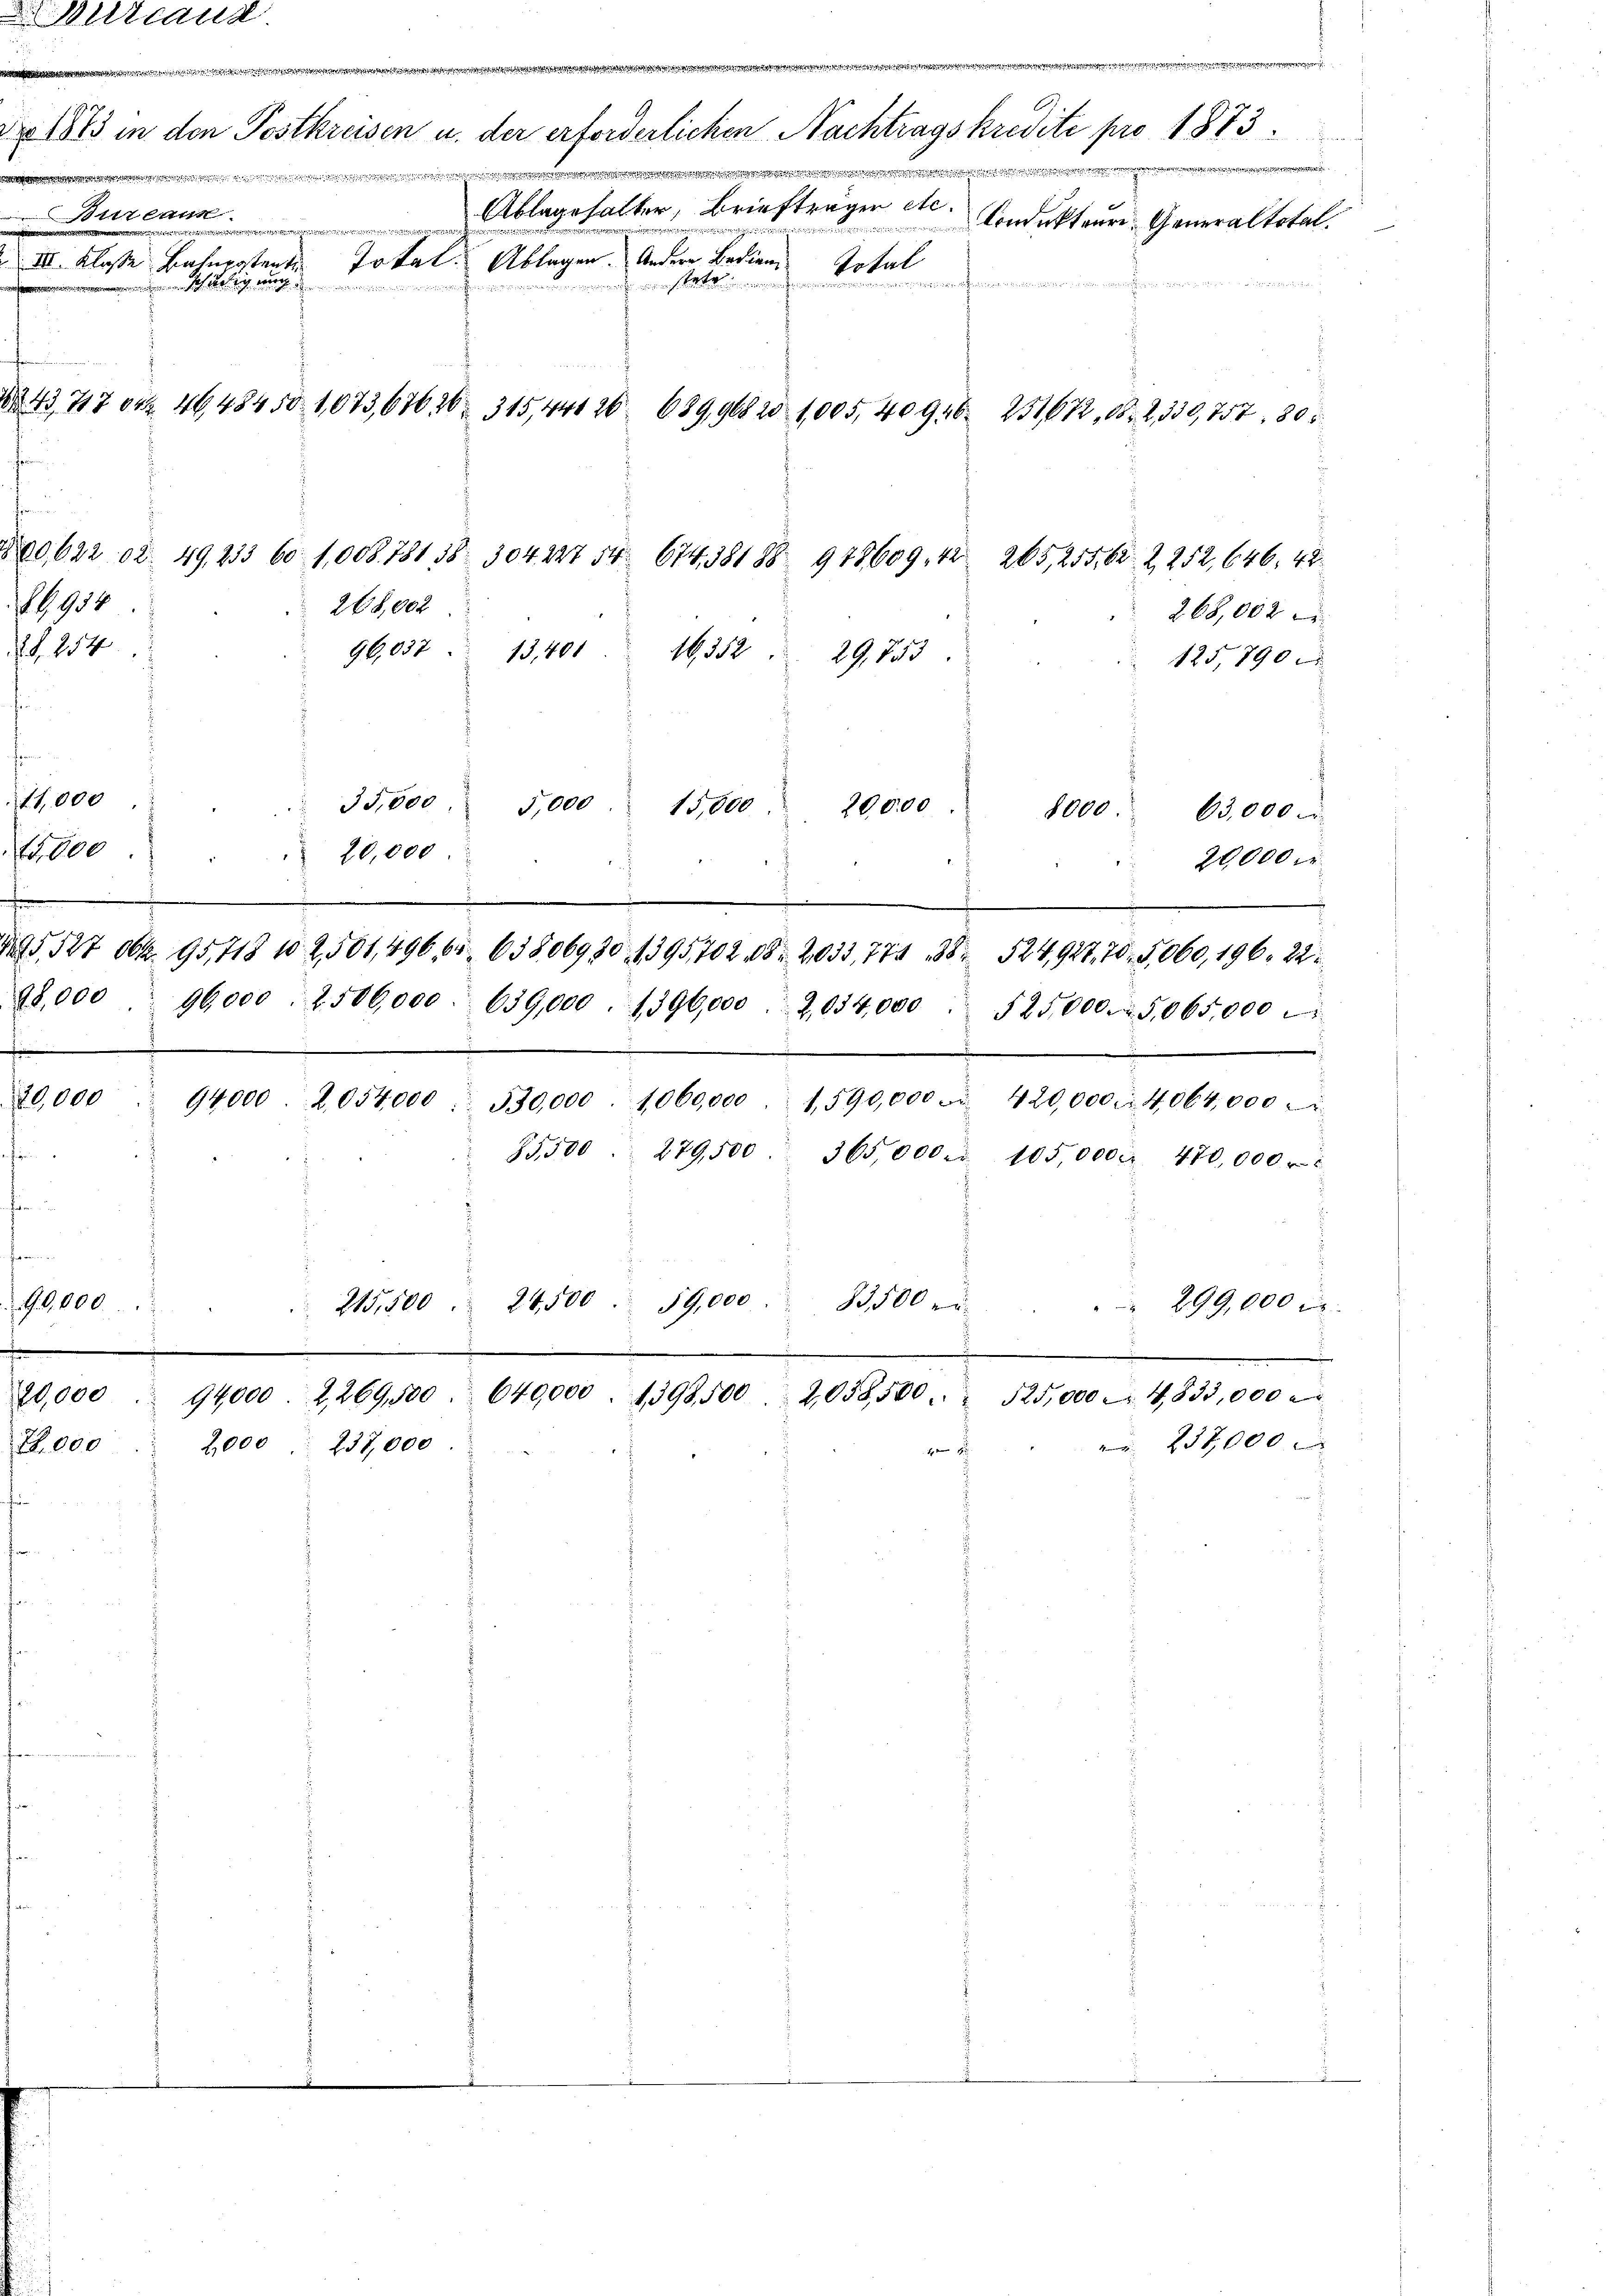
Belzcand

S. Nr. 324, 1794
e
No. 1883 in den Postkreisen u. der erforderlichen Nachtragskredite pro 1873
e

e
Ablagehalter, Brieftragen etc.
itlan
Condukteur Generaltotal.
a
d. II. Klasse Beherstente Total. Ablagen. Ander Fallen
Total
enratenmann

 schichtig nach
i
N° 43, 71704 4648450 1,073,67636. 315,441 26. 689,968 20 1,005, 40946. 251672, 162. 2. 330,757. 80
s

u
4
B
i

1000

R. 000

han
1958

2, 254

s
11,000

28,002
268,002
96,037. 13,401
1352 29,753
125,790
35,000
5,000
15,000.
200,00
8000.
63,000
20,000
20,000 Fr.
2
§ 527 Okt. 95,718 102, 501,496, 64. 63806980, 1395702. 18. 2035, 774. 38. 524,927, 70 F,060, 196. 22
28,000 96,000. 2500,000. 639,000. 1396,000. 2,034,000. 525,000. 25,065,000
1
75
s
20,000 94000. 2054,000. 530,000. 1060,000. 1590,000. 420,000 M 4,064,000
85,500. 279,500 365,000. 105,000 Fr. 470,000
90,000.
 299,000 f.
215,500. 24,500. 19,000. 83500 u
n
20,000 " 94000. 2, 269,500. 640,000. 1398,500. 2058,500. 525,000 - 4833,000
237,000 x
2,000 237,000

n

200622 ca 49, 233 60 1,008. 78138 304 227 54. 674,38188 948609, 42 265, 255, 62. 2252, 646, 42.

145/1905